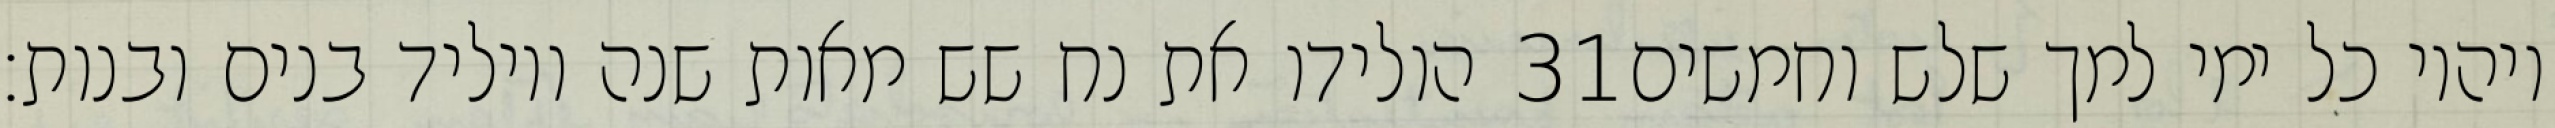
הולידו את נח שש מאות שנה ויוליד בנים ובנות׃ ‎31‏ ויהיו כל ימי למך שלש וחמשים